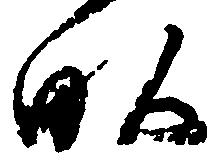
畝